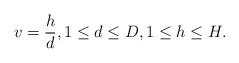
LaTeX: \begin{align*}v=\frac{h}{d}, 1\leq d\leq D,1\leq h\leq H.\end{align*}